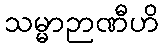
သမ္မာဉာဏီဟိ